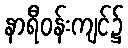
နာရီဝန်းကျင်၌